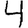
Digit: 4